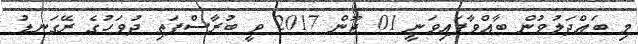
މި ބައްދަލުވުން ބާއްވާފައިވަނީ 01 ޖޫން 2017 ވީ ބުރާސްފަތި ދުވަހުގެ ރޭގަނޑު